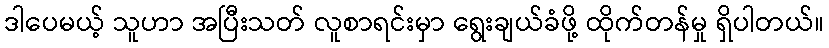
ဒါပေမယ့် သူဟာ အပြီးသတ် လူစာရင်းမှာ ရွေးချယ်ခံဖို့ ထိုက်တန်မှု ရှိပါတယ်။